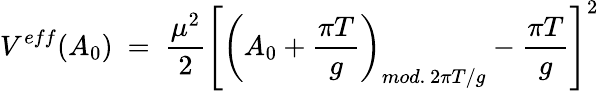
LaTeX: V^{eff}(A_{0})\ =\ \frac{\mu^{2}}{2}\left[\left(A_{0}+\frac{\pi T}{g}\right)_{mod.{}~2\pi T/g}-\frac{\pi T}{g}\right]^{2}